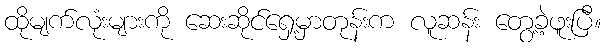
ထိုမျက်လုံးများကို ဆေးဆိုင်ရှေ့မှာတုန်းက လူဆန်း တွေ့ခဲ့ဖူးပြီ။